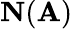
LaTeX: \mathbf{N}(\mathbf{A})